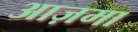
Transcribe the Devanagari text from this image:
आज़मा